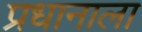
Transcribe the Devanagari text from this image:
प्रधानाला